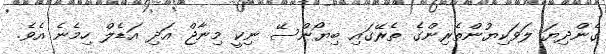
ގެންދިޔަ ލަވަކިޔުންތެރިންގެ ތެރޭގައި ބިޔޯންސޭ ނިކީ މިނާޖް އަދި އަޑެލް ހިމެނެ އެވެ.